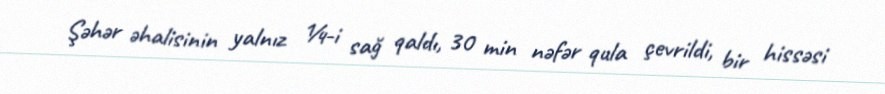
Şəhər əhalisinin yalnız ¼-i sağ qaldı, 30 min nəfər qula çevrildi, bir hissəsi